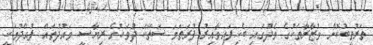
ތަރުތީބުކޮށް ވުޒާރާތަކުގެ މެދުގައި ބެހިފައިވާއިރު ފުރަތަމަ ސަތޭކަ ދުވަހުގެ ރިޔާސީ ވައުދުތައް ފުއްދުމަކީ